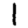
Digit: 1